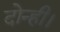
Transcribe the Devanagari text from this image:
दोन्ही।